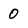
Character: 0